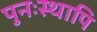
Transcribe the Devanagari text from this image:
पुनःस्थापि